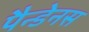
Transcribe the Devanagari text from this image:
पैन्डेनस